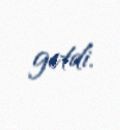
getdi.